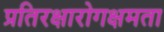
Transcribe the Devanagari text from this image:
प्रतिरक्षारोगक्षमता